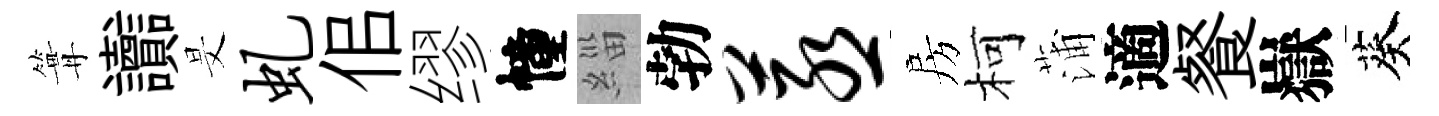
篝讟旻虬佀缪幢緇勃蒸房柯蒲適餐嶽葵